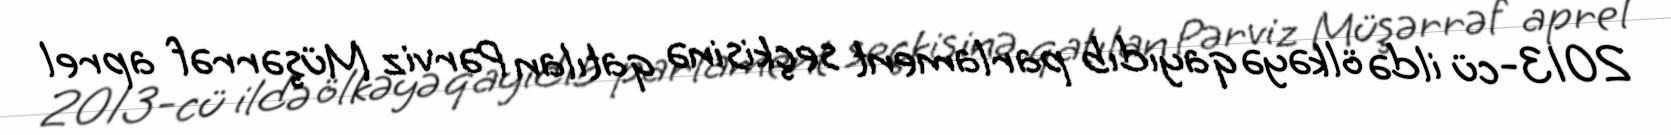
2013-cü ildə ölkəyə qayıdıb parlament seçkisinə qatılan Pərviz Müşərrəf aprel